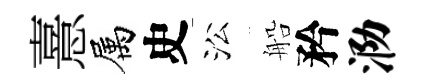
憙属史㳂船矜泐